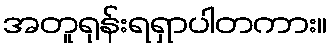
အတူရုန်းရရှာပါတကား။